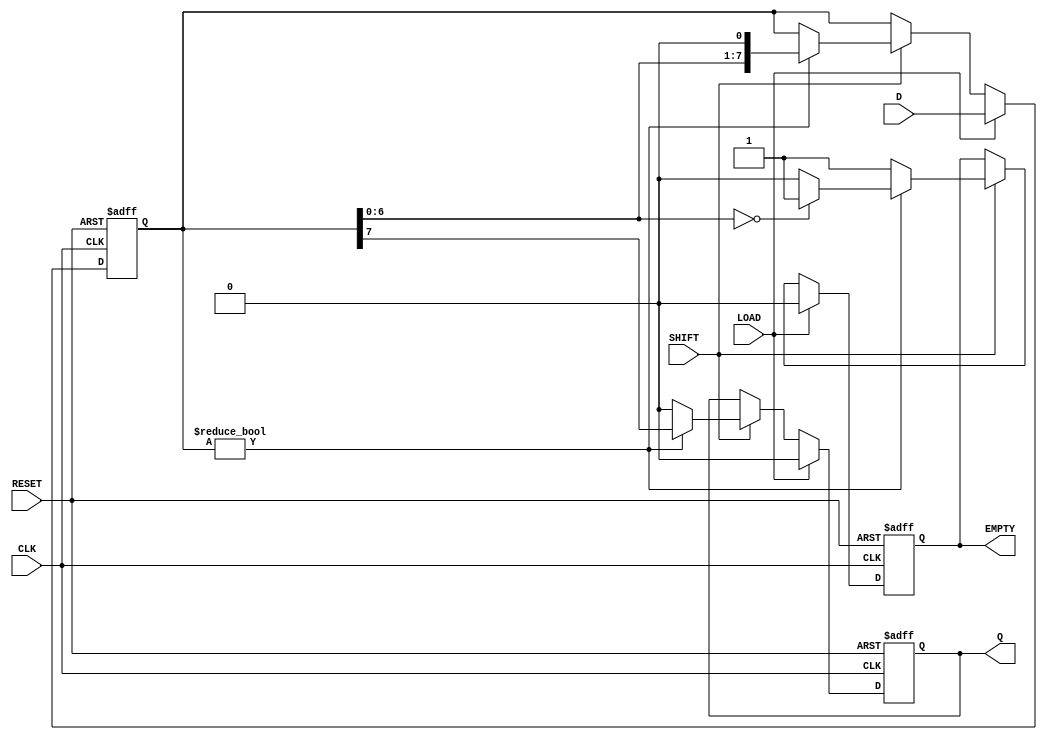
module PISO_Register #(
    parameter N = 8  // Parameter for the width of the register
)(
    input  wire [N-1:0] D,      // Parallel data input
    input  wire LOAD,            // Load signal
    input  wire CLK,             // Clock signal
    input  wire SHIFT,           // Shift signal
    input  wire RESET,           // Asynchronous reset
    output reg  Q,               // Serial output
    output reg  EMPTY            // Empty signal
);

    reg [N-1:0] SR;              // Shift register

    always @(posedge CLK or posedge RESET) begin
        if (RESET) begin
            SR <= {N{1'b0}};      // Clear the shift register on reset
            Q <= 1'b0;           // Clear the serial output
            EMPTY <= 1'b1;       // Register is empty after reset
        end else if (LOAD) begin
            SR <= D;             // Load parallel data into the shift register
            Q <= 1'b0;           // Clear the serial output
            EMPTY <= 1'b0;       // Register is not empty after loading
        end else if (SHIFT) begin
            if (SR != 0) begin
                Q <= SR[N-1];     // Output the MSB (most significant bit)
                SR <= {SR[N-2:0], 1'b0}; // Shift right
                EMPTY <= (SR[N-2:0] == 0) ? 1'b1 : 1'b0; // Check if empty
            end else begin
                Q <= 1'b0;         // No data to shift out
                EMPTY <= 1'b1;     // Register is empty
            end
        end
    end

endmodule